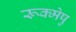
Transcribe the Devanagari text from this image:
रूक्मेषु